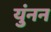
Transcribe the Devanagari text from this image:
युंनन